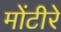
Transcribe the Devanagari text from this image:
मोंटीरे